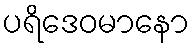
ပရိဒေဝမာနော